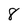
Character: 8